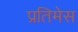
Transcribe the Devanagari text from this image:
प्रतिमेस